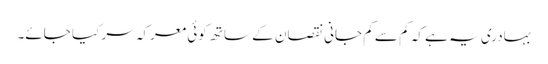
بہادری یہ ہے کہ کم سے کم جانی نقصان کے ساتھ کوئی معرکہ سر کیا جائے۔